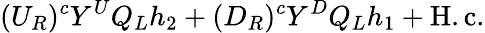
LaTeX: (U_{R})^{c}Y^{U}Q_{L}h_{2}+(D_{R})^{c}Y^{D}Q_{L}h_{1}+\mathrm{H.c.}